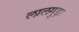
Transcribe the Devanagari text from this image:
लालगुड़ा